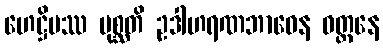
ဟေဋ္ဌိမဿ ပုစ္ဆတိ ဥဒါဟရဏဘာဝေန ဝတ္တနေ